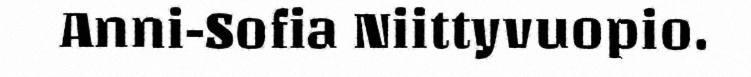
Anni-Sofia Niittyvuopio.